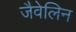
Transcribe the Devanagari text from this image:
जैवेलिन